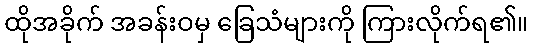
ထိုအခိုက် အခန်းဝမှ ခြေသံများကို ကြားလိုက်ရ၏။